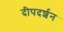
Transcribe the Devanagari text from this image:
दीपदर्शन